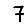
Digit: 7